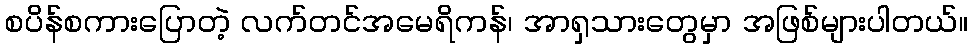
စပိန်စကားပြောတဲ့ လက်တင်အမေရိကန်၊ အာရှသားတွေမှာ အဖြစ်များပါတယ်။